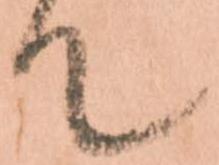
て